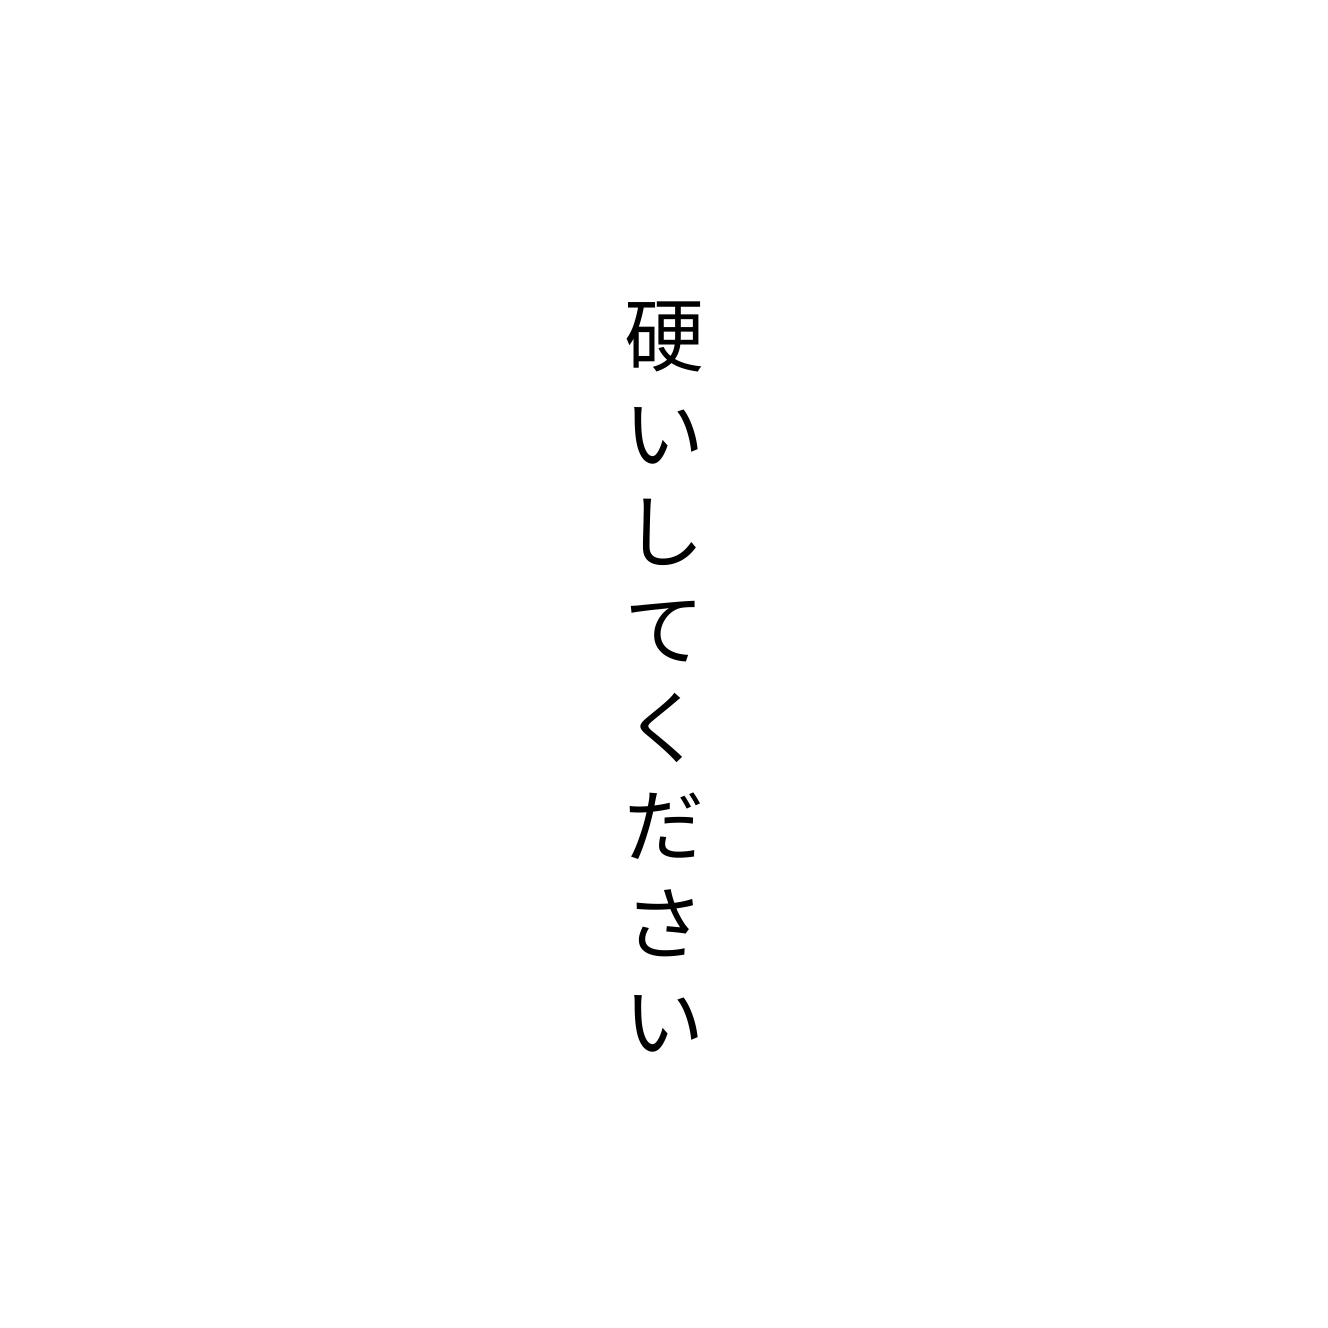
硬いしてください